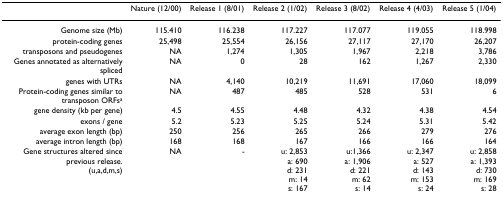
<table><thead><tr><td></td><td><b>Nature (12/00)</b></td><td><b>Release 1 (8/01)</b></td><td><b>Release 2 (1/02)</b></td><td><b>Release 3 (8/02)</b></td><td><b>Release 4 (4/03)</b></td><td><b>Release 5 (1/04)</b></td></tr></thead><tbody><tr><td>Genome size (Mb)</td><td>115.410</td><td>116.238</td><td>117.227</td><td>117.077</td><td>119.055</td><td>118.998</td></tr><tr><td>protein-coding genes</td><td>25,498</td><td>25,554</td><td>26,156</td><td>27,117</td><td>27,170</td><td>26,207</td></tr><tr><td>transposons and pseudogenes</td><td>NA</td><td>1,274</td><td>1,305</td><td>1,967</td><td>2,218</td><td>3,786</td></tr><tr><td>Genes annotated as alternatively spliced</td><td>NA</td><td>0</td><td>28</td><td>162</td><td>1,267</td><td>2,330</td></tr><tr><td>genes with UTRs</td><td>NA</td><td>4,140</td><td>10,219</td><td>11,691</td><td>17,060</td><td>18,099</td></tr><tr><td>Protein-coding genes similar to transposon ORFs<sup>a</sup></td><td>NA</td><td>487</td><td>485</td><td>528</td><td>531</td><td>6</td></tr><tr><td>gene density (kb per gene)</td><td>4.5</td><td>4.55</td><td>4.48</td><td>4.32</td><td>4.38</td><td>4.54</td></tr><tr><td>exons / gene</td><td>5.2</td><td>5.23</td><td>5.25</td><td>5.24</td><td>5.31</td><td>5.42</td></tr><tr><td>average exon length (bp)</td><td>250</td><td>256</td><td>265</td><td>266</td><td>279</td><td>276</td></tr><tr><td>average intron length (bp)</td><td>168</td><td>168</td><td>167</td><td>166</td><td>166</td><td>164</td></tr><tr><td>Gene structures altered since previous release.(u,a,d,m,s)</td><td>NA</td><td>-</td><td>u: 2,853a: 690d: 231m: 14s: 167</td><td>u:1,366a: 1,906d: 221m: 62s: 14</td><td>u: 2,347a: 527d: 143m: 153s: 24</td><td>u: 2,858a: 1,393d: 730m: 169s: 28</td></tr></tbody></table>